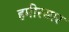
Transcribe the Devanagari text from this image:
हमीरसार